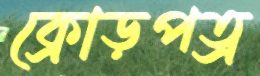
ক্রোড়পত্র